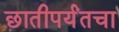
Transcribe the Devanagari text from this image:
छातीपर्यंतचा